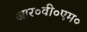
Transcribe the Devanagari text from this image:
आर०वी०एम०